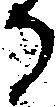
る